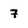
Character: 7